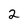
Character: 2